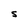
Character: s